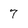
Character: 7